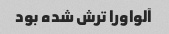
آلواورا ترش شده بود